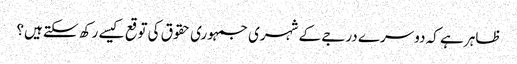
ظاہر ہے کہ دوسرے درجے کے شہری جمہوری حقوق کی توقع کیسے رکھ سکتے ہیں؟